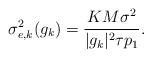
\begin{align*} \sigma_{e,k}^2 (g_k) = \frac{K M \sigma^2}{|g_k|^2 \tau p_1}. \end{align*}